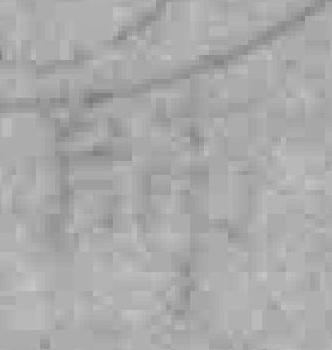
師